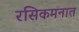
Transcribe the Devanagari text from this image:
रसिकमनात